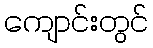
ကျောင်းတွင်